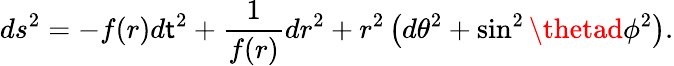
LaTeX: ds^{2}=-f(r)d\mathsf{t}^{2}+\frac{{1}}{{f(r)}}dr^{2}+r^{2}\left(d\theta^{2}+\sin^{2}\thetad\phi^{2}\right).